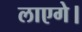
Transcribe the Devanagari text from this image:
लाएगे।